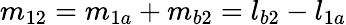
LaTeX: m_{12}=m_{1a}+m_{b2}=l_{b2}-l_{1a}